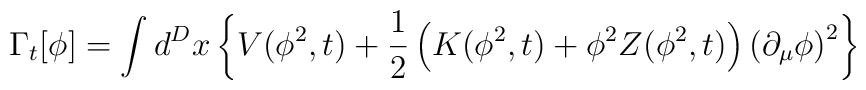
\Gamma_t[\phi] = \int d^Dx \left \{ V(\phi^2,t)  +  \frac{1}{2} \left ( K(\phi^2,t) + \phi^2Z(\phi^2,t) \right ) \left ( \partial_{\mu} \phi \right )^2 \right \}